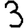
Digit: 3